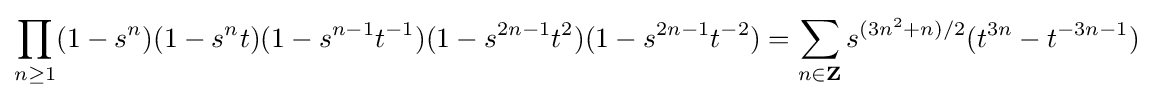
\prod _{n\geq 1}(1-s^{n})(1-s^{n}t)(1-s^{n-1}t^{-1})(1-s^{2n-1}t^{2})(1-s^{2n-1}t^{-2})=\sum _{n\in \mathbf {Z} }s^{(3n^{2}+n)/2}(t^{3n}-t^{-3n-1})